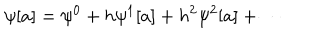
\psi [ a ] = \psi ^ { 0 } + h \psi ^ { 1 } [ a ] + h ^ { 2 } \psi ^ { 2 } [ a ] + \cdots \hspace { 3 m m } .